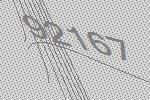
92167